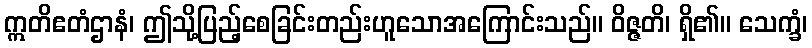
ဣတိဧတံဌာနံ၊ ဤသို့ပြည့်စေခြင်းတည်းဟူသောအကြောင်းသည်။ ဝိဇ္ဇတိ၊ ရှိ၏။ သေက္ခံ၊